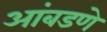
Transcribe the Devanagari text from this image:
आंबडणे